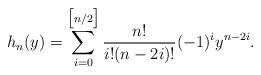
LaTeX: \begin{align*}h_n(y) = \sum_{i = 0}^{\big[n/2\big]} \frac{n!}{i!(n - 2i)!}(-1)^iy^{n - 2i}.\end{align*}